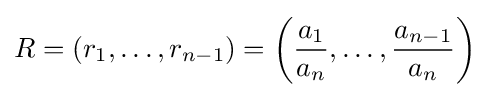
R=(r_{1},\ldots ,r_{n-1})=\left({\frac {a_{1}}{a_{n}}},\ldots ,{\frac {a_{n-1}}{a_{n}}}\right)